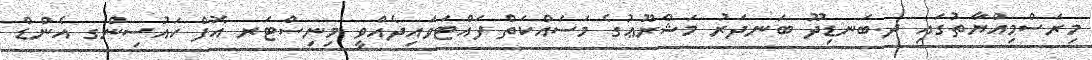
މިރަސްމިއްޔާތުގައި ދ.ބަނޑިދޫ ބަނދަރު މަޝްރޫޢުގެ މަސައްކަތް ފައްޓަވައިދެއްވީ މިނިސްޓަރ އޮފް ހައުސިންގ އެންޑް